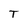
Character: T